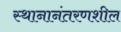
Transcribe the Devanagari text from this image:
स्थानानंतरणशील